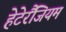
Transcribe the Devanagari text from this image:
हेटेरैंजियम